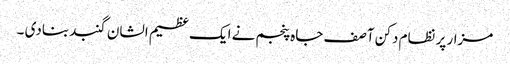
مزار پر نظام دکن آصف جاہ پنجم نے ایک عظیم الشان گنبد بنادی ۔